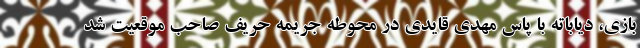
بازی، دیاباته با پاس مهدی قایدی در محوطه جریمه حریف صاحب موقعیت شد